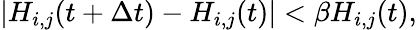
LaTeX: |H_{i,j}(t+\Delta t)-H_{i,j}(t)|<\beta H_{i,j}(t),